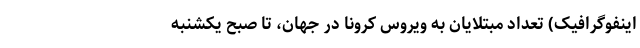
اینفوگرافیک) تعداد مبتلایان به ویروس کرونا در جهان، تا صبح یکشنبه